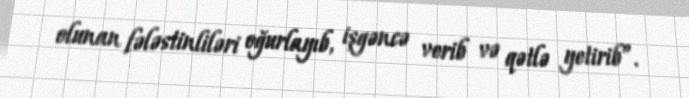
olunan fələstinliləri oğurlayıb, işgəncə verib və qətlə yetirib”.